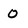
Character: 0